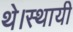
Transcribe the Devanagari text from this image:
थे।स्थायी